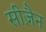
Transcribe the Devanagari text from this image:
सीज़ैन